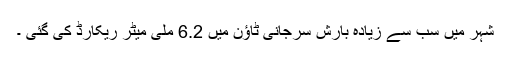
شہر میں سب سے زیادہ بارش سرجانی ٹاؤن میں 6.2 ملی میٹر ریکارڈ کی گئی ۔